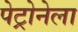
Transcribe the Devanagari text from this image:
पेट्रोनेला